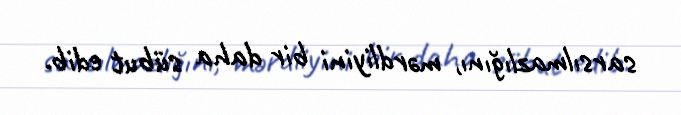
sarsılmazlığını, mərdliyini bir daha sübut edib.